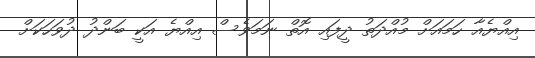
އިއްޔެއާ ހަމައަށް މުއްދަތު ދީފައި އޮތް ނަމަވެސް އިއްޔެ އަކީ ބަންދު ދުވަހަކަށް